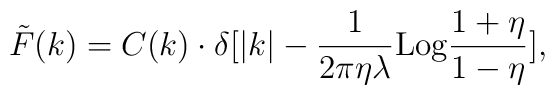
\tilde F(k)= C(k)\cdot \delta[|k|-{1\over{2\pi \eta \lambda}}{\rm Log}{{1+\eta}\over {1-\eta}}],